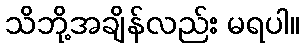
သိဘို့အချိန်လည်း မရပါ။